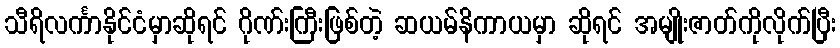
သီရိလင်္ကာနိုင်ငံမှာဆိုရင် ဂိုဏ်းကြီးဖြစ်တဲ့ ဆယမ်နိကာယမှာ ဆိုရင် အမျိုးဇာတ်ကိုလိုက်ပြီး